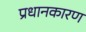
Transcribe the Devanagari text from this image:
प्रधानकारण